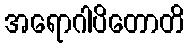
အရောဂါပိတောတိ